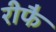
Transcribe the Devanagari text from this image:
रीफै